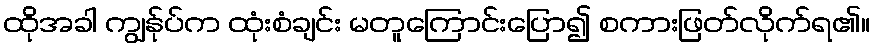
ထိုအခါ ကျွန်ုပ်က ထုံးစံချင်း မတူကြောင်းပြော၍ စကားဖြတ်လိုက်ရ၏။